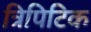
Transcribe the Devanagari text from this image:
त्रिपिटिक